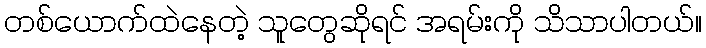
တစ်ယောက်ထဲနေတဲ့ သူတွေဆိုရင် အရမ်းကို သိသာပါတယ်။